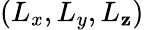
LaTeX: (L_{x},L_{y},L_{\mathbf{z}})